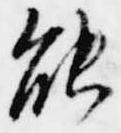
能